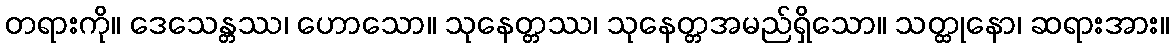
တရားကို။ ဒေသေန္တဿ၊ ဟောသော။ သုနေတ္တဿ၊ သုနေတ္တအမည်ရှိသော။ သတ္ထုနော၊ ဆရားအား။